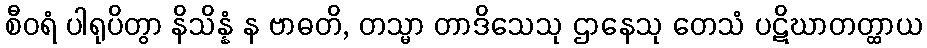
စီဝရံ ပါရုပိတွာ နိသိန္နံ န ဗာဓတိ, တသ္မာ တာဒိသေသု ဌာနေသု တေသံ ပဋိဃာတတ္ထာယ